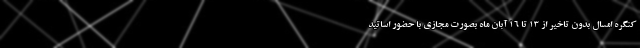
کنگره امسال بدون تاخیر از ۱۳ تا ۱۶ آبان ماه بصورت مجازی با حضور اساتید